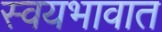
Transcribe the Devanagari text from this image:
स्वयभावात